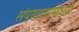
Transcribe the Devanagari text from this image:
संप्रदायांमध्ये